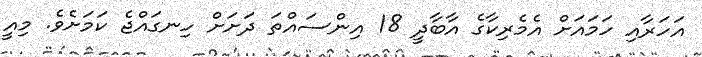
އަހަރާއި ހަމައަށް އެމެރިކާގެ އާބާދީ 18 އިންސައްތަ ދަށަށް ހިނގައްޖެ ކަމަށެވެ. މިއީ